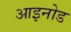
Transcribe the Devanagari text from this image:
आइनोड